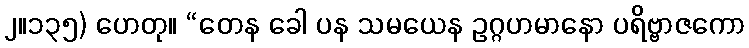
၂။၁၃၅) ဟေတု။ “တေန ခေါ ပန သမယေန ဥဂ္ဂဟမာနော ပရိဗ္ဗာဇကော